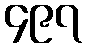
၄၉၇